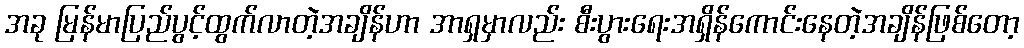
အခု မြန်မာပြည်ပွင့်ထွက်လာတဲ့အချိန်ဟာ အာရှမှာလည်း စီးပွားရေးအရှိန်ကောင်းနေတဲ့အချိန်ဖြစ်တော့